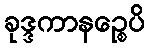
ခုဒ္ဒကာနဉ္စေပိ